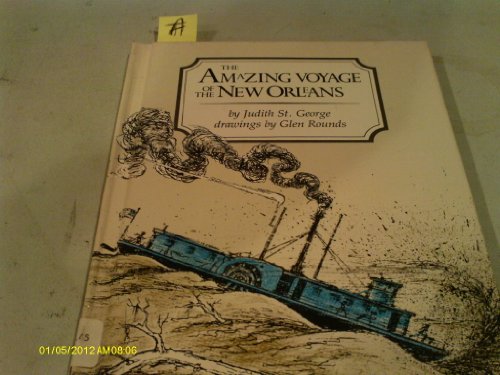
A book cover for The Amazing Voyage of the New Orleans; Judith St. George; Travel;